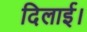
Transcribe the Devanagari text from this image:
दिलाई।